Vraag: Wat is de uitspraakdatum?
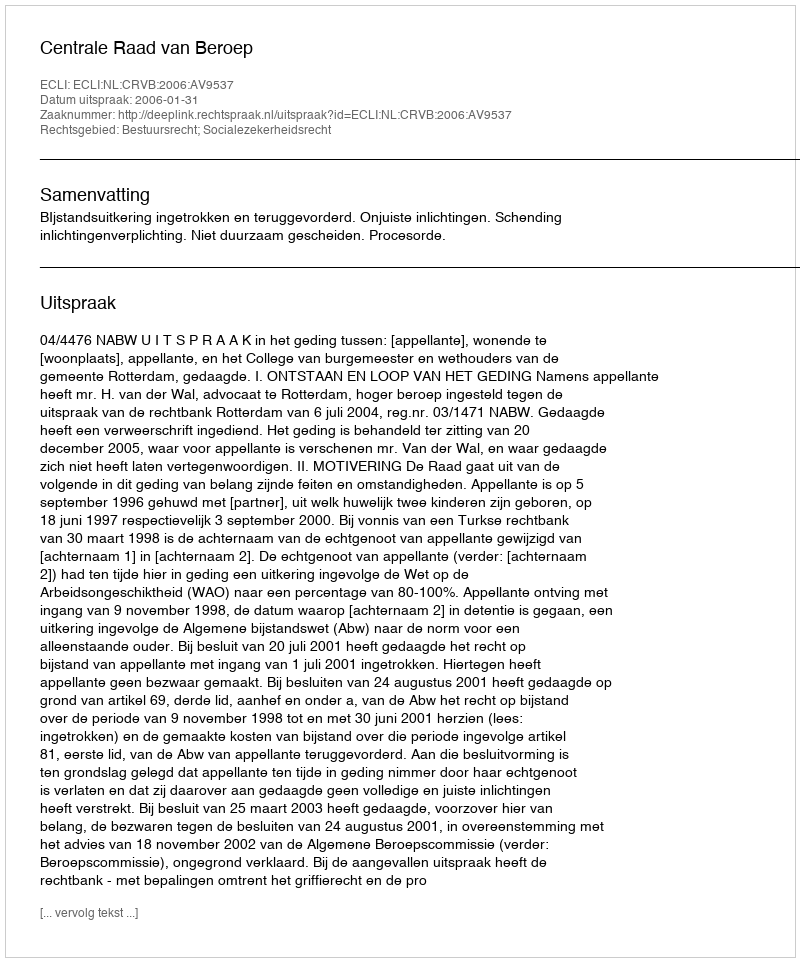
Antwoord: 2006-01-31